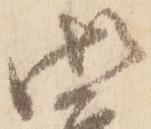
御